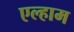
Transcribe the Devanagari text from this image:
एल्हाम